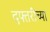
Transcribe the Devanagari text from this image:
दफ्तरींच्या